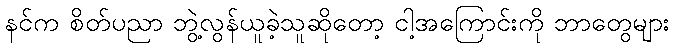
နင်က စိတ်ပညာ ဘွဲ့လွန်ယူခဲ့သူဆိုတော့ ငါ့အကြောင်းကို ဘာတွေများ